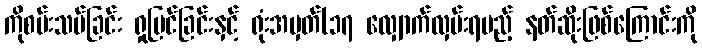
ကိုစမ်းသပ်ခြင်း ရှုမြင်ခြင်းနှင့် ရုံးအမှတ်(၁၇ လျှောက်လှမ်းရမည့် နတ်ဆိုးဖြစ်ကြောင်းကို